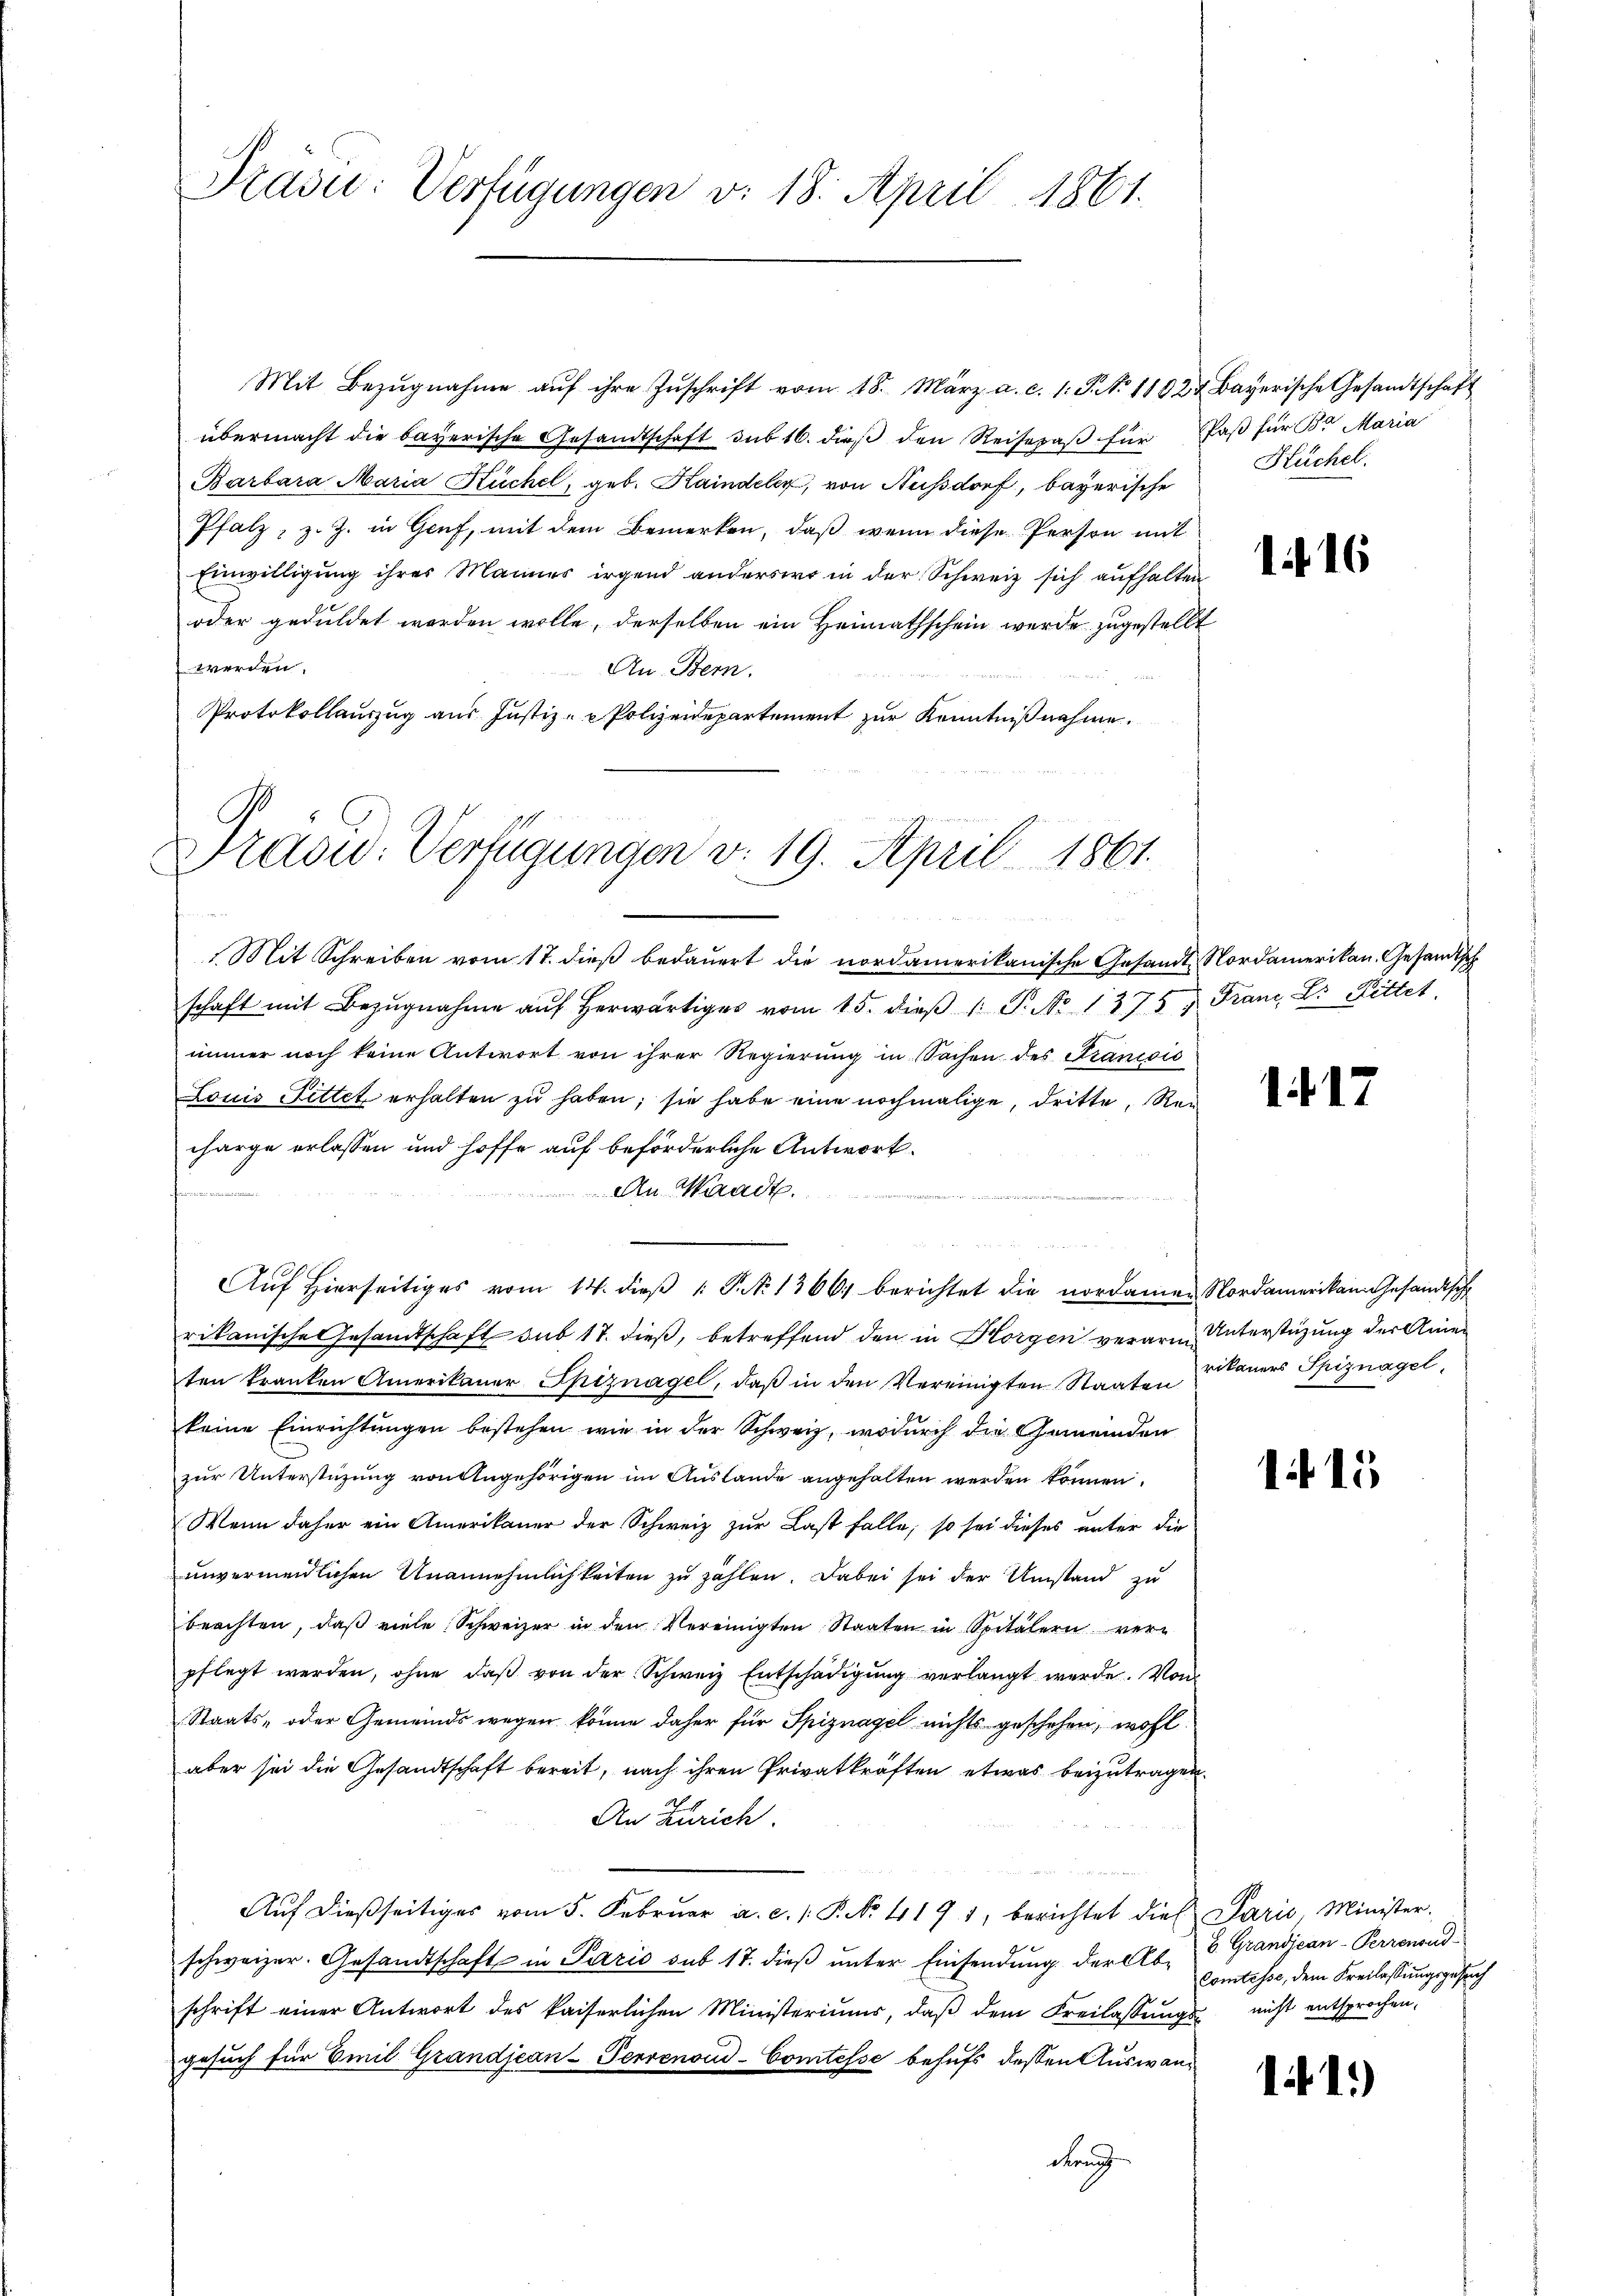
Präsu: Verfügungen v. 18. April 1861.

Mit Bezŭgnahme aŭf ihre Zŭschrift vom 18. März a. c. 1. P. No 1102 & Bayerische Gesandtschaft
übermacht die bayerische Gesandtschaft sub 16. dieß den Reisepaß für Paß für Sr Maria
Barbara Maria Küchel, geb. Kaindeler, von Hussdorf, bayerische
Pfalz, z. Z. in Genf, mit dem Bemerken, daß wenn diese Person mit
Einwilligung ihres Mannes irgend anderser in der Schweiz sich aufhalten
oder geduldet worden wolle, derselben ein Heimathschein werde zugestellt
werden.
An. Bern.
Protokollanzug aus Justiz- & Polizeidepartement zur Kenntniß nahme,

Tradid. Verfügungen v. 19. April 1861.

Mit Schreiben vom 17. dieß bedauert die nordamerikanische Gesandt-Nordamerikan, Gesandtsch
schaft mit Bezŭgnahme aŭf herwärtiges vom 15. dieβ 1. P. No 1375 f. Franz, B. Rittet,
immer noch keine Antwort von ihrer Regierung in Sachen des Francois
Louis Fittet erhalten zu haben; sie habe eine nochmalige, dritte, Recharge erlassen und hoffe auf beförderliche Antwort.
An Waadt.
rikanische Gesandtschaft sub 17. dieß, betreffend den in Horgen verarme Unterstüzung der Aner
ten kranken Amerikaner Spiznagel, daβ in den Vereinigten Staaten Vikaners Spiznagel,
keine Einrichtungen bestehen, wie in der Schweiz, wodurch die Gemeinden
zur Unterstüzung von Angehörigen im Auslande angehalten werden können.
Wenn daher ein Amerikaner der Schweiz zur Last falle, so sei dieses unter die
unvermeidlichen Unannehmlichkeiten zu zahlen. Dabei sei der Umstand zu
beachten, daß viele Schweizer in den Vereinigten Staaten in Spitälern ver-
pflegt werden, ohne daβ von der Schweiz Entschädigung verlangt werde. Von
Staats- oder Gemeinds wegen könne daher für Spiznagel nichts geschehen, wohl
aber sei die Gesandtschaft bereit, nach ihren Privatkräften etwas beizutragen.
An Zürich.
Auf dießseitiges vom 5. Februar a. c. 1. P. No. 419 1, berichtet dieß Sarić, Ministerschweizer. Gesandtschaft in Paris sub 17. dieß unter Einsendung der Ab- B. Grandjean-Perrenoud
schrift einer Antwort des kaiserlichen Ministeriums, daβ dem Freilassŭngs- nicht entsprochen,
gesuch für Emil Grandjean Perrenoud-Comtesse behufs dessen Auswandern

Auf hierseitiges vom 14. dieβ  P. No 1366 berichtet die nordamen Nordamerikan Gesandtsche

Küchel.

116

117

115

11.)

Comtesse, dem Kreilassungsgesuch